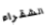
الشقراء